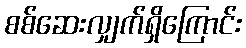
စစ်ဆေးလျှက်ရှိကြောင်း